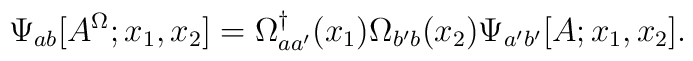
\Psi_{ab} [A^\Omega;x_1,x_2]=\Omega ^{\dagger}_{aa'}(x_1)\Omega_{b'b}(x_2)\Psi_{a'b'} [A;x_1,x_2].